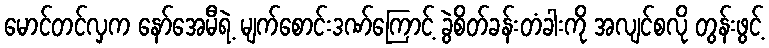
မောင်တင်လှက နော်အေမီရဲ့ မျက်စောင်းဒဏ်ကြောင့် ခွဲစိတ်ခန်းတံခါးကို အလျင်စလို တွန်းဖွင့်